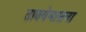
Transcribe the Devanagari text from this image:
ताबवेमासना